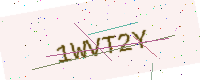
Text: 1WVT2Y